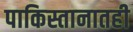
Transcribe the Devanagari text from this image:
पाकिस्तानातही